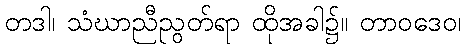
တဒါ၊ သံဃာညီညွတ်ရာ ထိုအခါ၌။ တာဝဒေဝ၊